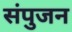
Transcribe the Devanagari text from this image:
संपुजन